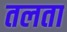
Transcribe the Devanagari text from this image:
तलता